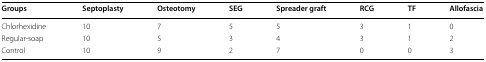
<table><thead><tr><td><b>Groups</b></td><td><b>Septoplasty</b></td><td><b>Osteotomy</b></td><td><b>SEG</b></td><td><b>Spreader graft</b></td><td><b>RCG</b></td><td><b>TF</b></td><td><b>Allofascia</b></td></tr></thead><tbody><tr><td>Chlorhexidine</td><td>10</td><td>7</td><td>5</td><td>5</td><td>3</td><td>1</td><td>0</td></tr><tr><td>Regular-soap</td><td>10</td><td>5</td><td>3</td><td>4</td><td>3</td><td>1</td><td>2</td></tr><tr><td>Control</td><td>10</td><td>9</td><td>2</td><td>7</td><td>0</td><td>0</td><td>3</td></tr></tbody></table>